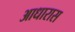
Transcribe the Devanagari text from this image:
आधारास